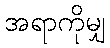
အရာကိုမျှ